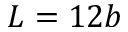
L = 1 2 b